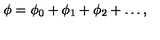
\phi = \phi _ { 0 } + \phi _ { 1 } + \phi _ { 2 } + \ldots ,